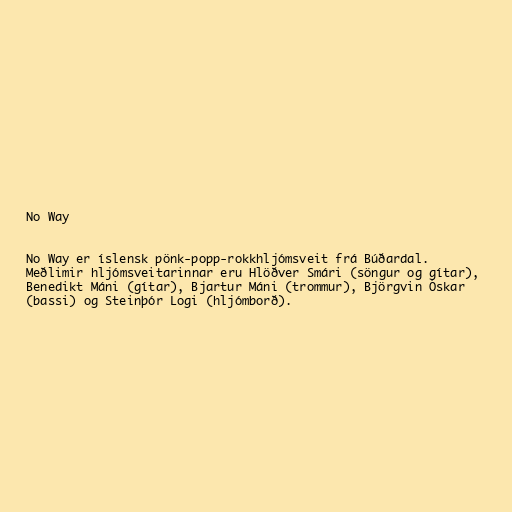
No Way

No Way er íslensk pönk-popp-rokkhljómsveit frá Búðardal.
Meðlimir hljómsveitarinnar eru Hlöðver Smári (söngur og gítar),
Benedikt Máni (gítar), Bjartur Máni (trommur), Björgvin Óskar
(bassi) og Steinþór Logi (hljómborð).